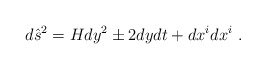
\begin{align*}d{\hat s}^2 = Hdy^2 \pm 2dydt+ dx^idx^i\ .\end{align*}